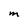
Character: M